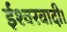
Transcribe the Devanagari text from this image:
ईश्वरवादी।